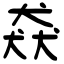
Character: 猋